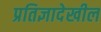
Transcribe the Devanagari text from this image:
प्रतिज्ञादेखील